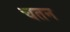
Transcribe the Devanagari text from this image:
चतन